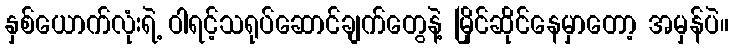
နှစ်ယောက်လုံးရဲ့ ဝါရင့်သရုပ်ဆောင်ချက်တွေနဲ့ မြိုင်ဆိုင်နေမှာတော့ အမှန်ပဲ။